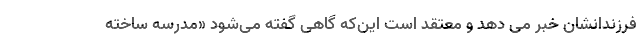
فرزندانشان خبر می دهد و معتقد است این‌که گاهی گفته می‌شود «مدرسه ساخته